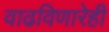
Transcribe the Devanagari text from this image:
वाढविणारेही